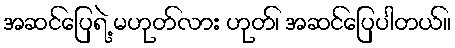
အဆင်ပြေရဲ့ မဟုတ်လား ဟုတ်၊ အဆင်ပြေပါတယ်။